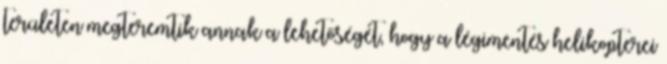
területen megteremtik annak a lehetőségét, hogy a légimentés helikopterei